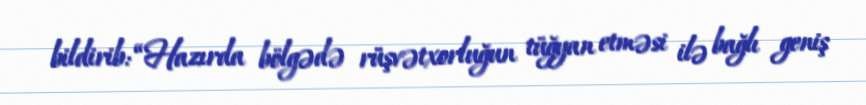
bildirib: “Hazırda bölgədə rüşvətxorluğun tüğyan etməsi ilə bağlı geniş